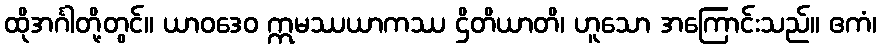
ထိုအင်္ဂါတို့တွင်။ ယာဝဒေဝ ဣမဿယာကဿ ဌိတိယာတိ၊ ဟူသော အကြောင်းသည်။ ဧကံ၊